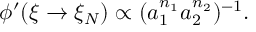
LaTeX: \phi ^ { \prime } ( \xi \rightarrow \xi _ { N } ) \propto ( a _ { 1 } ^ { n _ { 1 } } a _ { 2 } ^ { n _ { 2 } } ) ^ { - 1 } .